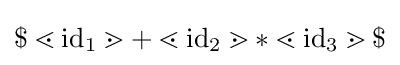
\$\lessdot \mathrm {id} _{1}\gtrdot +\lessdot \mathrm {id} _{2}\gtrdot *\lessdot \mathrm {id} _{3}\gtrdot \$